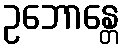
ဥဘောန္တေ